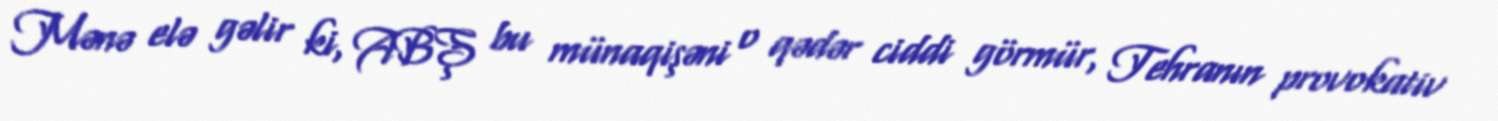
Mənə elə gəlir ki, ABŞ bu münaqişəni o qədər ciddi görmür, Tehranın provokativ